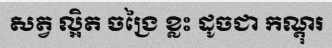
សត្វ ល្អិត ចង្រៃ ខ្លះ ដូចជា កណ្តុរ